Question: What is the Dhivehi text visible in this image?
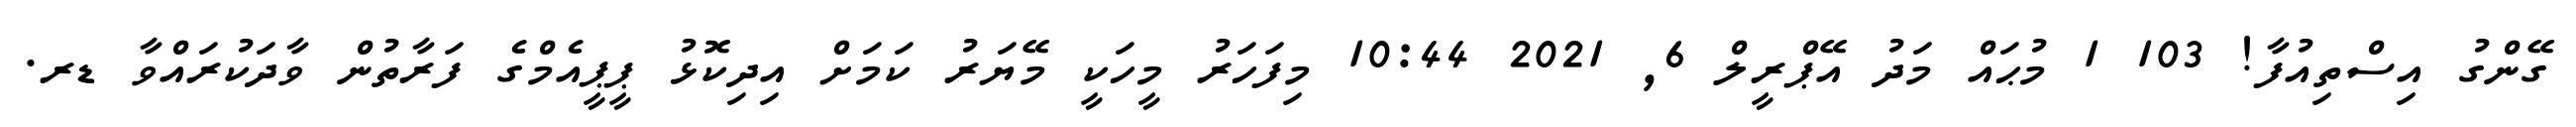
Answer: ގޭންގު އިސްތިއުފާ! 103 1 މުޙައް މަދު އޭޕްރީލް 6, 2021 10:44 މިފަހަރު މީހަކީ މޭޔަރު ކަމަށް އިދިކޮޅު ޕީޕީއެމްގެ ފަރާތުން ވާދަކުރައްވާ ޑރ.